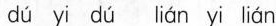
d\acute{u} yi d\acute{u} li\acute{a}n yi li\acute{a}n